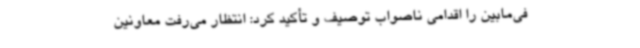
فی‌مابین را اقدامی ناصواب توصیف و تأکید کرد: انتظار می‌رفت معاونین